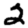
Digit: 2